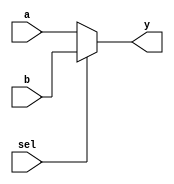
`timescale 1ns / 1ps
module mux2to1//2 to 1 mux
    (
        input [15:0] a, b,
        input  sel,
        output [15:0] y
    );
    assign y = (sel)?b:a;
//    always @ (sel or a or b)
//    begin
//        case(sel)
//            0: assign y=a;
//            1: assign y=b;
//        endcase
//    end
endmodule